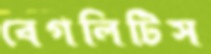
বেগলিটিস